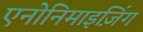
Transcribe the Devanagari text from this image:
एनोनिमाइज़िंग